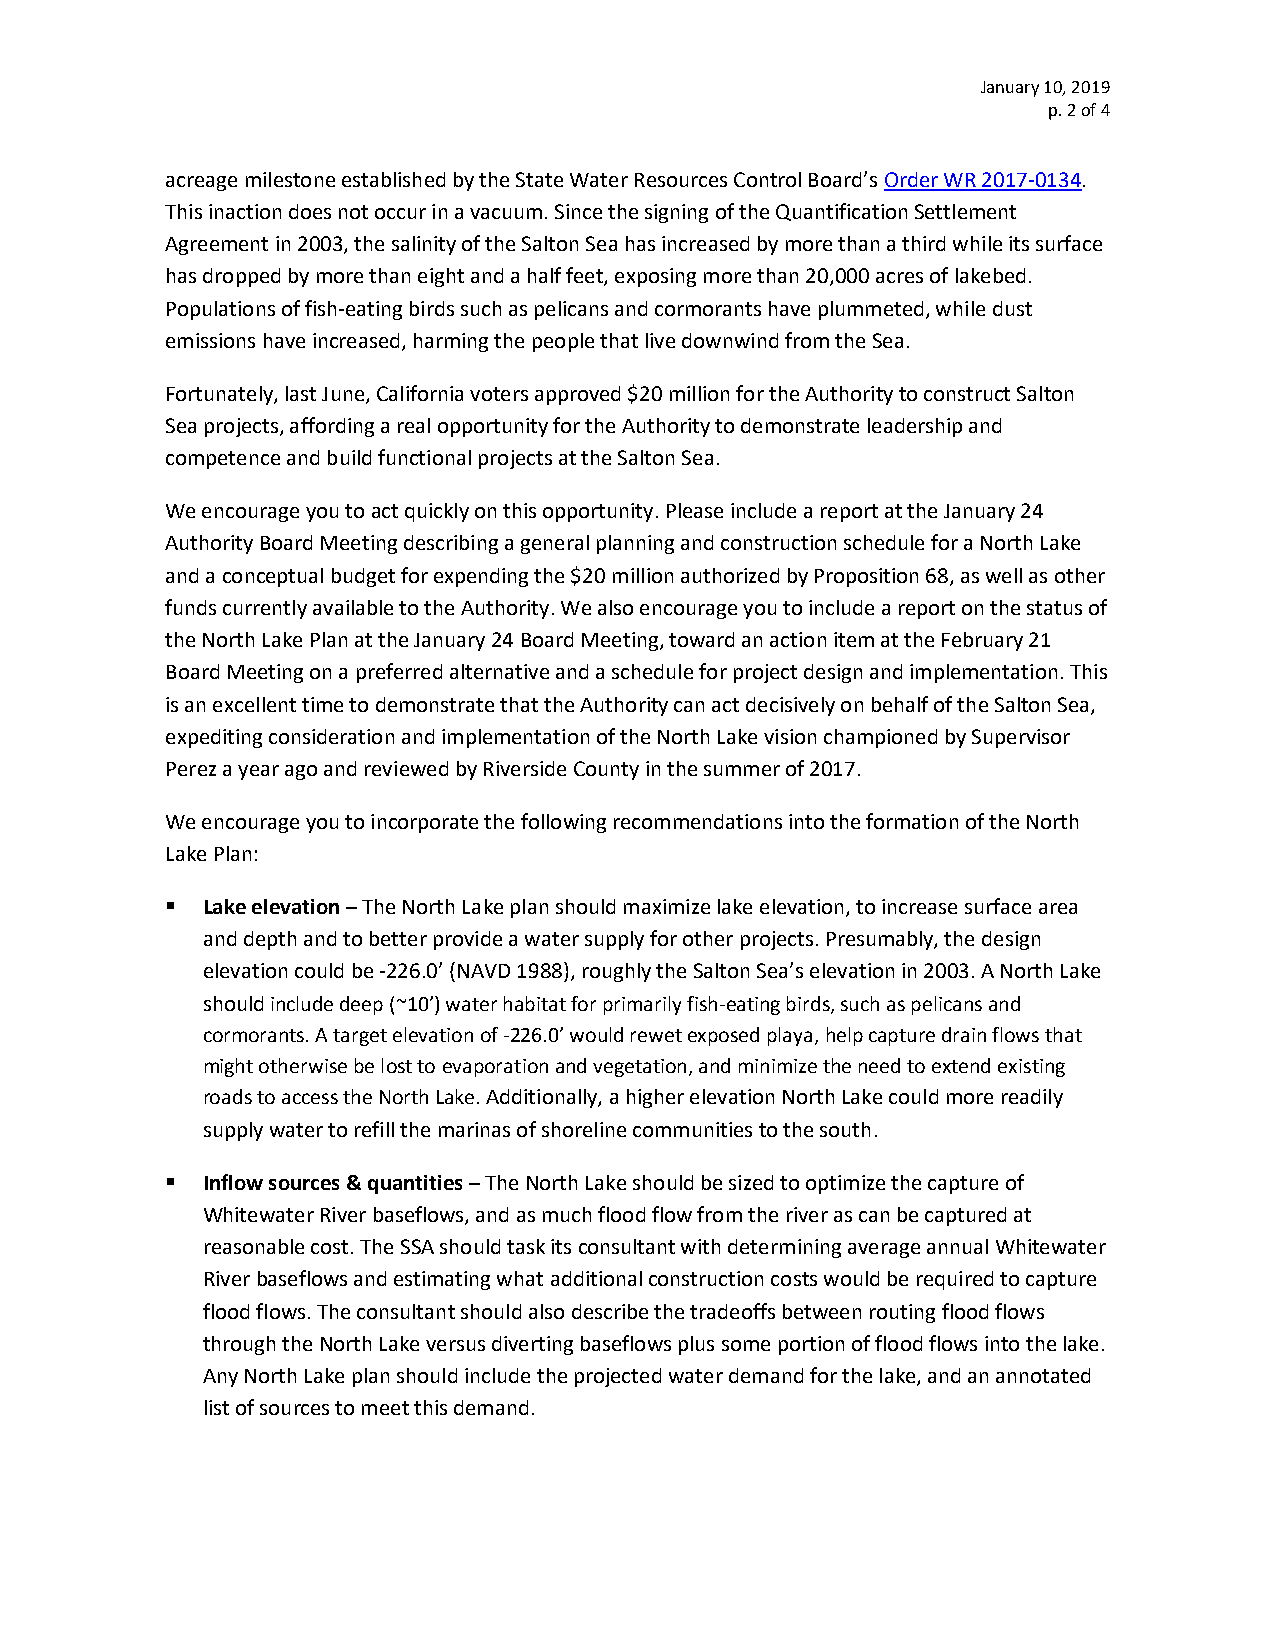
January 10, 2019
 p. 2 of 4
 acreage milestone established by the State Water Resources Control Board’s Order WR 2017-0134.
 This inaction does not occur in a vacuum. Since the signing of the Quantification Settlement
 Agreement in 2003, the salinity of the Salton Sea has increased by more than a third while its surface
 has dropped by more than eight and a half feet, exposing more than 20,000 acres of lakebed.
 Populations of fish-eating birds such as pelicans and cormorants have plummeted, while dust
 emissions have increased, harming the people that live downwind from the Sea.
 Fortunately, last June, California voters approved $20 million for the Authority to construct Salton
 Sea projects, affording a real opportunity for the Authority to demonstrate leadership and
 competence and build functional projects at the Salton Sea.
 We encourage you to act quickly on this opportunity. Please include a report at the January 24
 Authority Board Meeting describing a general planning and construction schedule for a North Lake
 and a conceptual budget for expending the $20 million authorized by Proposition 68, as well as other
 funds currently available to the Authority. We also encourage you to include a report on the status of
 the North Lake Plan at the January 24 Board Meeting, toward an action item at the February 21
 Board Meeting on a preferred alternative and a schedule for project design and implementation. This
 is an excellent time to demonstrate that the Authority can act decisively on behalf of the Salton Sea,
 expediting consideration and implementation of the North Lake vision championed by Supervisor
 Perez a year ago and reviewed by Riverside County in the summer of 2017.
 We encourage you to incorporate the following recommendations into the formation of the North
 Lake Plan:
 ▪ Lake elevation – The North Lake plan should maximize lake elevation, to increase surface area
 and depth and to better provide a water supply for other projects. Presumably, the design
 elevation could be -226.0’ (NAVD 1988), roughly the Salton Sea’s elevation in 2003. A North Lake
 should include deep (~10’) water habitat for primarily fish-eating birds, such as pelicans and
 cormorants. A target elevation of -226.0’ would rewet exposed playa, help capture drain flows that
 might otherwise be lost to evaporation and vegetation, and minimize the need to extend existing
 roads to access the North Lake. Additionally, a higher elevation North Lake could more readily
 supply water to refill the marinas of shoreline communities to the south.
 ▪ Inflow sources & quantities – The North Lake should be sized to optimize the capture of
 Whitewater River baseflows, and as much flood flow from the river as can be captured at
 reasonable cost. The SSA should task its consultant with determining average annual Whitewater
 River baseflows and estimating what additional construction costs would be required to capture
 flood flows. The consultant should also describe the tradeoffs between routing flood flows
 through the North Lake versus diverting baseflows plus some portion of flood flows into the lake.
 Any North Lake plan should include the projected water demand for the lake, and an annotated
 list of sources to meet this demand.